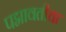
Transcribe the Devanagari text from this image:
पद्मावतीचा